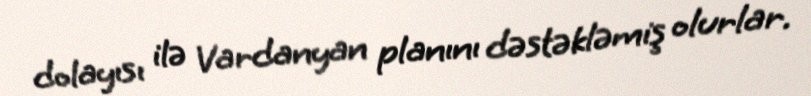
dolayısı ilə Vardanyan planını dəstəkləmiş olurlar.